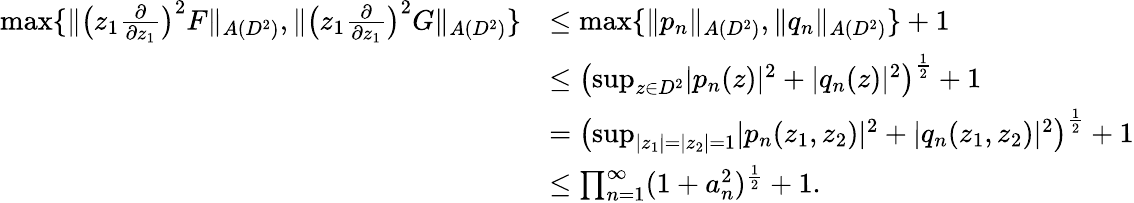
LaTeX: \begin{array}{rl}{\operatorname*{max}\{ \| \big(z_{1}\frac{\partial}{\partial z_{1}}\big)^{2}F\| _{A(D^{2})},\| \big(z_{1}\frac{\partial}{\partial z_{1}}\big)^{2}G\| _{A(D^{2})}\} }&{\leq\operatorname*{max}\{ \| p_{n}\| _{A(D^{2})},\| q_{n}\| _{A(D^{2})}\} +1}\\ &{\leq\left(\operatorname*{sup}_{z\in D^{2}}\lvert p_{n}(z)\rvert^{2}+\lvert q_{n}(z)\rvert^{2}\right)^{\frac{1}{2}}+1}\\ &{=\left(\operatorname*{sup}_{\lvert z_{1}\rvert=\lvert z_{2}\rvert=1}\lvert p_{n}(z_{1},z_{2})\rvert^{2}+\lvert q_{n}(z_{1},z_{2})\rvert^{2}\right)^{\frac{1}{2}}+1}\\ &{\leq\prod_{n=1}^{\infty}(1+a_{n}^{2})^{\frac{1}{2}}+1.}\end{array}